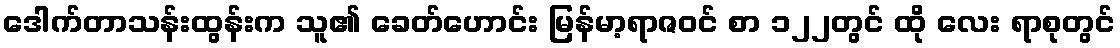
ဒေါက်တာသန်းထွန်းက သူ၏ ခေတ်ဟောင်း မြန်မာ့ရာဇဝင် စာ ၁၂၂တွင် ထို လေး ရာစုတွင်